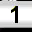
Digit: 1